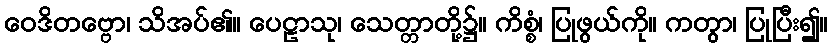
ဝေဒိတဗ္ဗော၊ သိအပ်၏။ ပေဠာသု၊ သေတ္တာတို့၌။ ကိစ္စံ၊ ပြုဖွယ်ကို။ ကတွာ၊ ပြုပြီး၍။